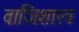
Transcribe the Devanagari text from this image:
वाजिशास्त्र